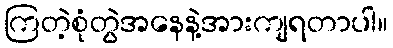
ကြတဲ့စုံတွဲအနေနဲ့အားကျရတာပါ။